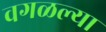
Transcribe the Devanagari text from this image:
वगळल्या